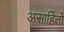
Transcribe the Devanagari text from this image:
असाहितो